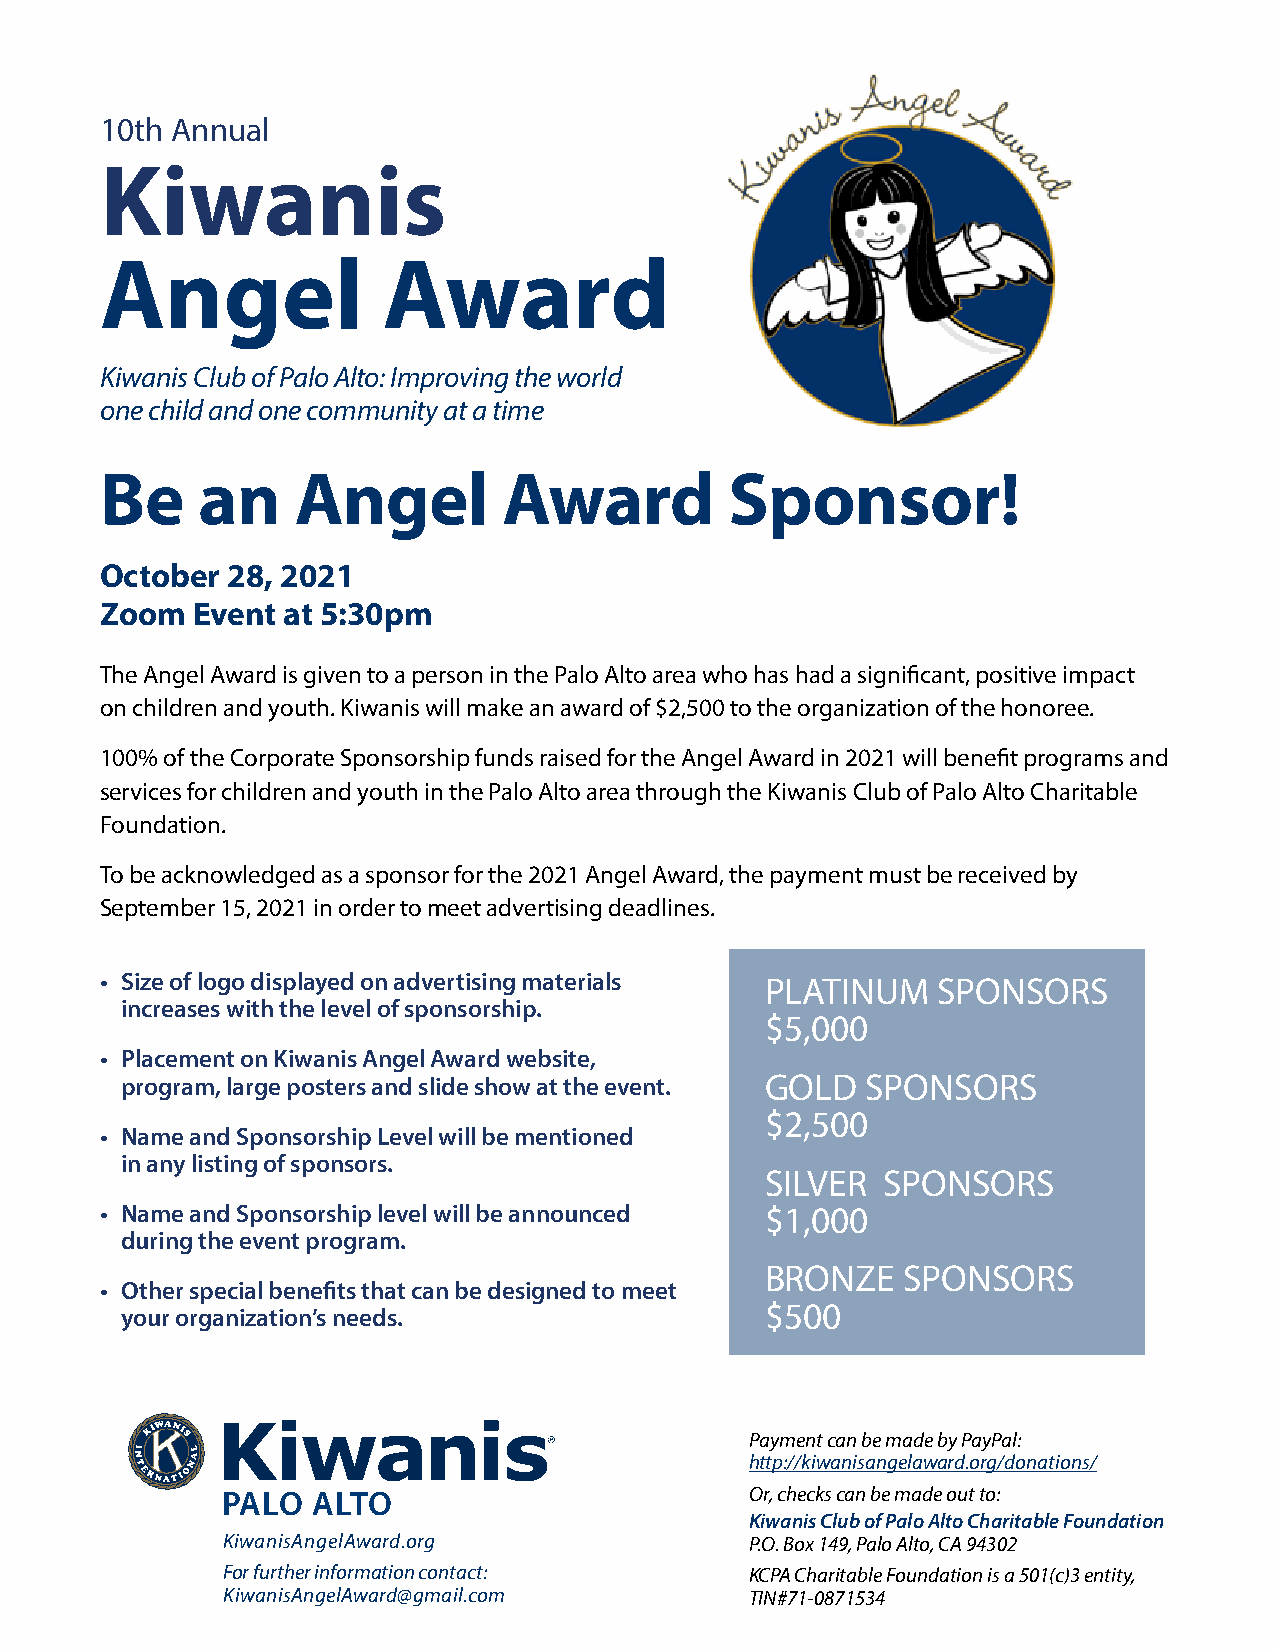
10th Annual
 Kiwanis
 Angel             Award
 Kiwanis Club of Palo Alto: Improving the world
 one child and one community at a time
 Be    an     Angel        Award          Sponsor!
 October 28, 2021
 Zoom  Event at 5:30pm
 The Angel Award is given to a person in the Palo Alto area who has had a significant, positive impact
 on children and youth. Kiwanis will make an award of $2,500 to the organization of the honoree.
 100% of the Corporate Sponsorship funds raised for the Angel Award in 2021 will benefit programs and
 services for children and youth in the Palo Alto area through the Kiwanis Club of Palo Alto Charitable
 Foundation.
 To be acknowledged as a sponsor for the 2021 Angel Award, the payment must be received by
 September 15, 2021 in order to meet advertising deadlines.
 EVENT BENEFITS
 • Size of logo displayed on advertising materials PLATINUM SPONSORS
 increases with the level of sponsorship.
 $5,000
 • Placement on Kiwanis Angel Award website,
 program, large posters and slide show at the event. GOLD SPONSORS
 $2,500
 • Name and Sponsorship Level will be mentioned
 in any listing of sponsors.
 SILVER SPONSORS
 • Name and Sponsorship level will be announced $1,000
 during the event program.
 BRONZE   SPONSORS
 • Other special benefits that can be designed to meet
 $500
 your organization’s needs.
 Payment can be made by PayPal:
 http://kiwanisangelaward.org/donations/
 PALO  ALTO                         Or, checks can be made out to:
 Kiwanis Club of Palo Alto Charitable Foundation
 KiwanisAngelAward.org              P.O. Box 149, Palo Alto, CA 94302
 For further information contact:   KCPA Charitable Foundation is a 501(c)3 entity,
 KiwanisAngelAward@gmail.com        TIN#71-0871534